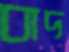
বাদ